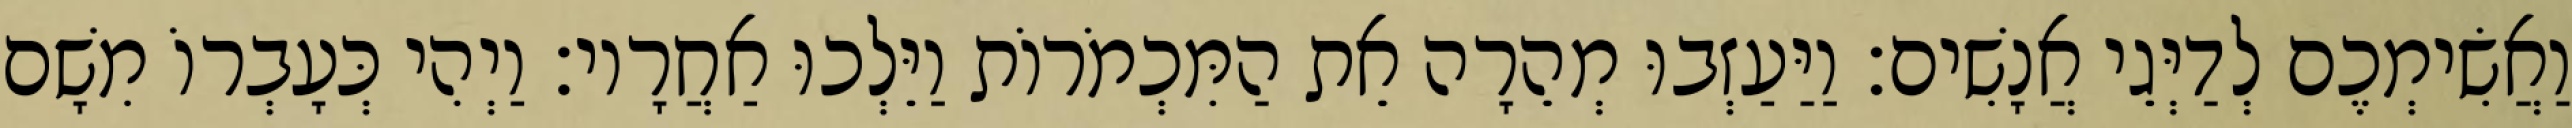
וַאֲשִׂימְכֶם לְדַיְּגֵי אֲנָשִׁים׃ וַיַּעַזְבוּ מְהֵרָה אֵת הַמִּכְמֹרוֹת וַיֵּלְכוּ אַחֲרָיו׃ וַיְהִי כְּעָבְרוֹ מִשָׁם